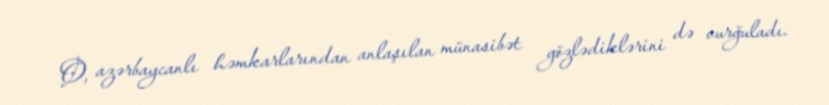
O, azərbaycanlı həmkarlarından anlaşılan münasibət gözlədiklərini də vurğuladı.